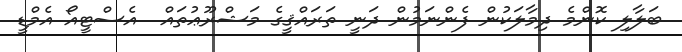
ބަލާލި ކޮންމެ ދިމާލަކުން ފެންނަމުން ދަނީ ތަރައްޤީގެ މަޝްރޫޢުތައް  އެސްޓީއޯ އެމްޑީ